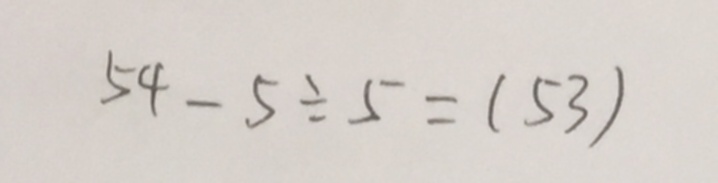
5 4 - 5 \div 5 = ( 5 3 )